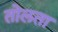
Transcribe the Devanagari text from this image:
तोलता